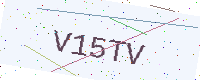
Text: V15TV